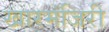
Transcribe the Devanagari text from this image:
खारमंजिरी